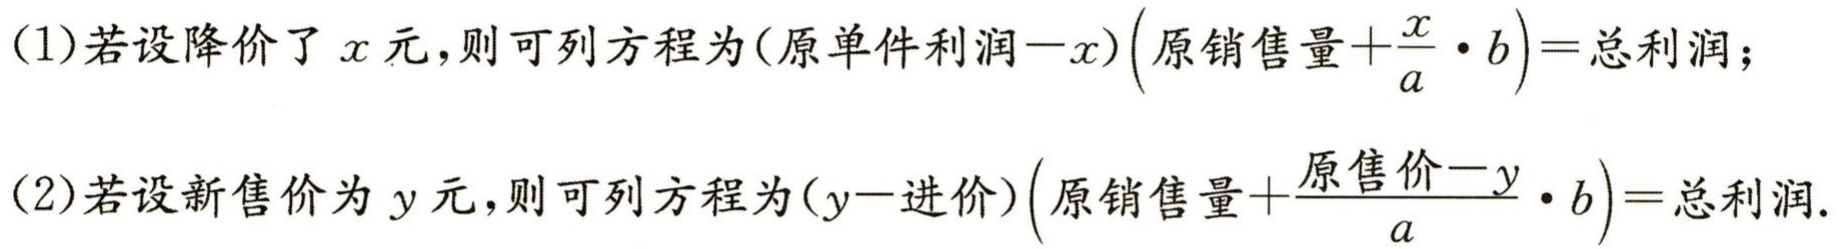
(1)若设降价了\(x\)元，则可列方程为\((原单件利润 - x)\left(原销售量+\frac{x}{a}\cdot b\right)=总利润\)；

(2)若设新售价为\(y\)元，则可列方程为\((y - 进价)\left(原销售量+\frac{原售价 - y}{a}\cdot b\right)=总利润\)。